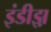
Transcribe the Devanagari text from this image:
इंडीझ़़